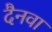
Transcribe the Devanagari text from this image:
दैनवा